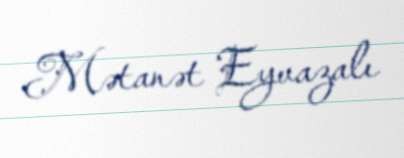
Mətanət Eyvazalı